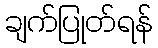
ချက်ပြုတ်ရန်